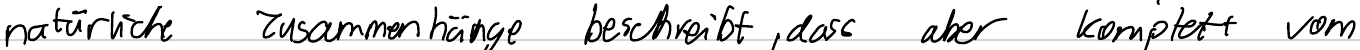
natürliche Zusammenhänge beschreibt, dass aber komplett vom